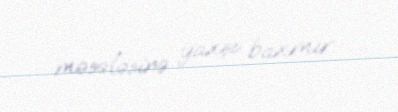
məsələsinə yaxşı baxmır.